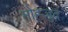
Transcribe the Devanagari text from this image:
मोह्जुद